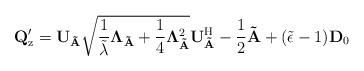
LaTeX: \begin{align*}\mathbf{Q}^{\prime}_\mathrm{z}=\mathbf{U}_{\mathbf{\tilde{A}}}\sqrt{\frac{1}{\tilde{\lambda}}\mathbf{\Lambda}_{\mathbf{\tilde{A}}}+\frac{1}{4}\mathbf{\Lambda}_{\mathbf{\tilde{A}}}^2}\mathbf{U}_{\mathbf{\tilde{A}}}^{\rm H}-\frac{1}{2}\mathbf{\tilde{A}}+(\tilde{\epsilon}-1)\mathbf{D}_0\end{align*}